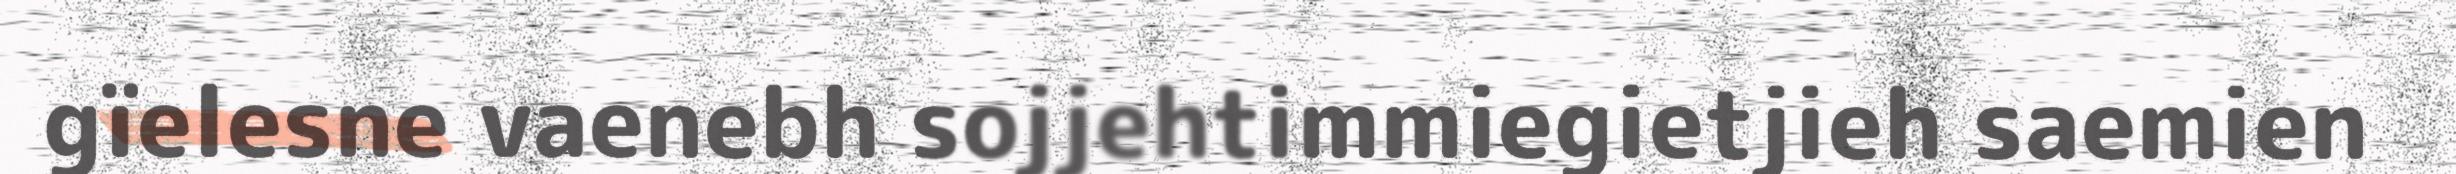
gïelesne vaenebh sojjehtimmiegietjieh saemien